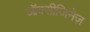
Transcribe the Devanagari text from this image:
ऑक्सीजिनेज़